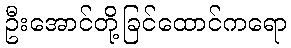
ဦးအောင်တို့ခြင်ထောင်ကရော